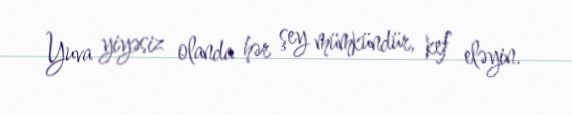
Yuva yiyəsiz olanda hər şey mümkündür, kef eləyin.